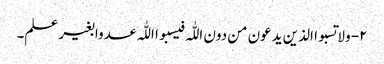
۲- ولا تسبوا الذین یدعون من دون اللّٰہ فیسبوا اللّٰہ عدوا بغیر علم۔